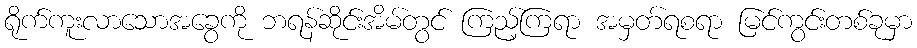
ရိုက်ကူးလာသောအခွေကို ဘရန်ဆိုင်းအိမ်တွင် ကြည့်ကြရာ အမှတ်ရစရာ မြင်ကွင်းတစ်ခုမှာ